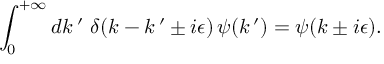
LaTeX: \int _ { 0 } ^ { + \infty } d k \, ^ { \prime } \, \, \delta ( k - k \, ^ { \prime } \pm i \epsilon ) \, \psi ( k \, ^ { \prime } ) = \psi ( k \pm i \epsilon ) .